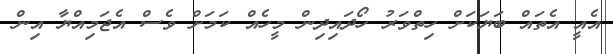
އެއީ އެތައް ބަޔަކަށް ހިތްވަރު ހޯދައިދިން މީހެއް ކަމަށް ވެސް އެޖަމިއްޔާ އިން